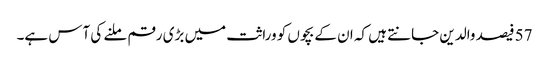
57 فیصد والدین جانتے ہیں کہ ان کے بچوں کو وراثت میں بڑی رقم ملنے کی آس ہے۔